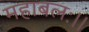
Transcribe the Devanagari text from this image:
महाबलः।।